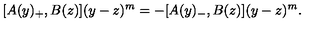
[ A ( y ) _ { + } , B ( z ) ] ( y - z ) ^ { m } = - [ A ( y ) _ { - } , B ( z ) ] ( y - z ) ^ { m } .